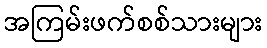
အကြမ်းဖက်စစ်သားများ